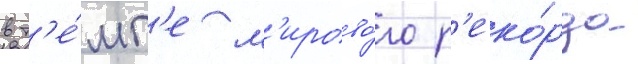
в т'е́мп'е м'ирово́го р'еко́рда